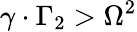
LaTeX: \gamma\cdot\Gamma_{2}>\Omega^{2}